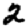
Digit: 2